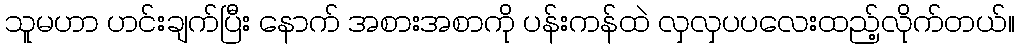
သူမဟာ ဟင်းချက်ပြီး နောက် အစားအစာကို ပန်းကန်ထဲ လှလှပပလေးထည့်လိုက်တယ်။